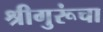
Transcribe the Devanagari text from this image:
श्रीगुरूंचा